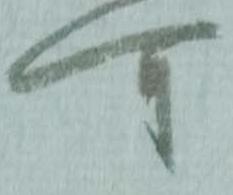
可